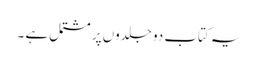
یہ کتاب دو جلدوں پر مشتمل ہے ۔